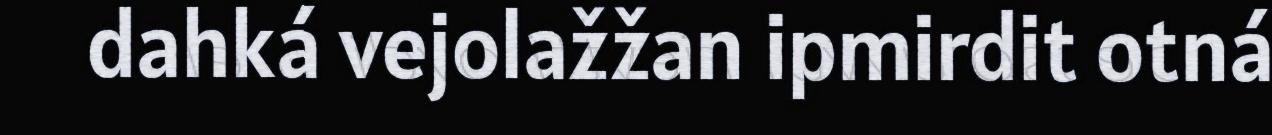
dahká vejolažžan ipmirdit otná